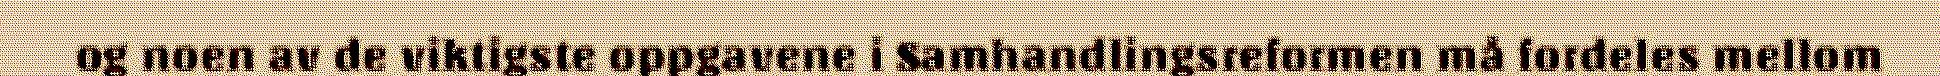
og noen av de viktigste oppgavene i Samhandlingsreformen må fordeles mellom